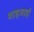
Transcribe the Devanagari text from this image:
शाहजाहाँ